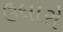
ઉધારો